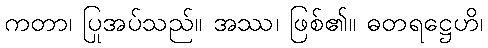
ကတာ၊ ပြုအပ်သည်။ အဿ၊ ဖြစ်၏။ ဓတရဋ္ဌေဟိ၊